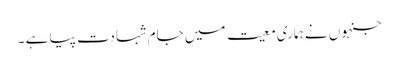
جنہوں نے ہماری معیت میں جامِ شہادت پیا ہے ۔